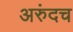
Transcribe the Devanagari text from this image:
अरुंदच